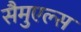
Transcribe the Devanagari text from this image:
सैमुएल्स